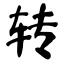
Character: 转